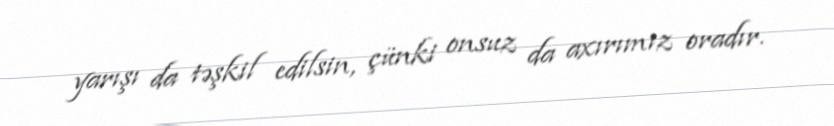
yarışı da təşkil edilsin, çünki onsuz da axırımız oradır.